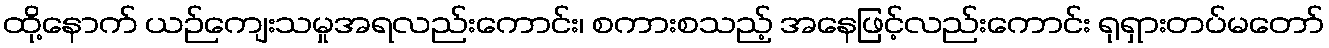
ထို့နောက် ယဉ်ကျေးသမှုအရလည်းကောင်း၊ စကားစသည့် အနေဖြင့်လည်းကောင်း ရုရှားတပ်မတော်